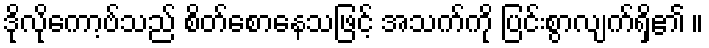
ဒိုလိုကော့ဗ်သည် စိတ်စောနေသဖြင့် အသက်ကို ပြင်းစွာလျက်ရှိ၏ ။